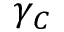
\gamma _ { C }